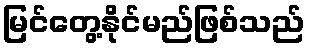
မြင်တွေ့နိုင်မည်ဖြစ်သည်